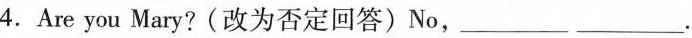
4.Ar you Mary? (改为否定回答)No,___ ___.